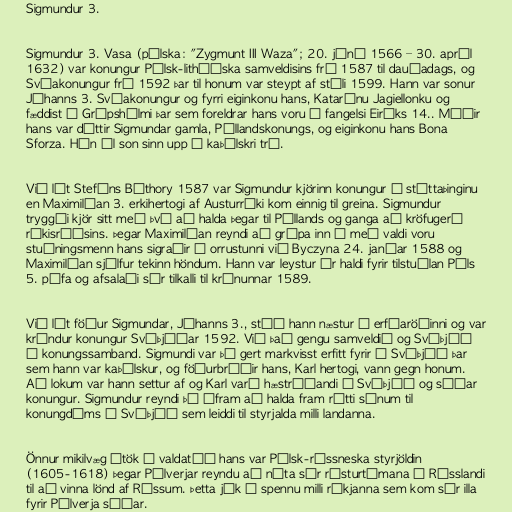
Sigmundur 3.

Sigmundur 3. Vasa (pólska: "Zygmunt III Waza"; 20. júní 1566 – 30. apríl
1632) var konungur Pólsk-litháíska samveldisins frá 1587 til dauðadags, og
Svíakonungur frá 1592 þar til honum var steypt af stóli 1599. Hann var sonur
Jóhanns 3. Svíakonungur og fyrri eiginkonu hans, Katarínu Jagiellonku og
fæddist á Grípshólmi þar sem foreldrar hans voru í fangelsi Eiríks 14.. Móðir
hans var dóttir Sigmundar gamla, Póllandskonungs, og eiginkonu hans Bona
Sforza. Hún ól son sinn upp í kaþólskri trú.

Við lát Stefáns Báthory 1587 var Sigmundur kjörinn konungur á stéttaþinginu
en Maximilían 3. erkihertogi af Austurríki kom einnig til greina. Sigmundur
tryggði kjör sitt með því að halda þegar til Póllands og ganga að kröfugerð
ríkisráðsins. Þegar Maximilían reyndi að grípa inn í með valdi voru
stuðningsmenn hans sigraðir í orrustunni við Byczyna 24. janúar 1588 og
Maximilían sjálfur tekinn höndum. Hann var leystur úr haldi fyrir tilstuðlan Páls
5. páfa og afsalaði sér tilkalli til krúnunnar 1589.

Við lát föður Sigmundar, Jóhanns 3., stóð hann næstur í erfðaröðinni og var
krýndur konungur Svíþjóðar 1592. Við það gengu samveldið og Svíþjóð
í konungssamband. Sigmundi var þó gert markvisst erfitt fyrir í Svíþjóð þar
sem hann var kaþólskur, og föðurbróðir hans, Karl hertogi, vann gegn honum.
Að lokum var hann settur af og Karl varð hæstráðandi í Svíþjóð og síðar
konungur. Sigmundur reyndi þó áfram að halda fram rétti sínum til
konungdóms í Svíþjóð sem leiddi til styrjalda milli landanna.

Önnur mikilvæg átök í valdatíð hans var Pólsk-rússneska styrjöldin
(1605-1618) þegar Pólverjar reyndu að nýta sér rósturtímana í Rússlandi
til að vinna lönd af Rússum. Þetta jók á spennu milli ríkjanna sem kom sér illa
fyrir Pólverja síðar.